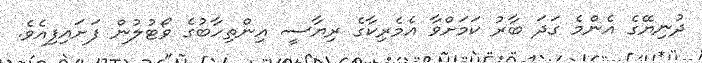
ދުނިޔޭގެ އެންމެ ގަދަ ބާރު ކަމަށްވާ އެމެރިކާގެ ރިޔާސީ އިންތިހާބުގެ ވޯޓުލުން ފަށައިފިއެވެ.